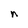
Character: n